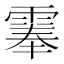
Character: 𩃳